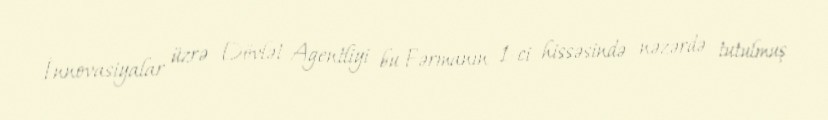
İnnovasiyalar üzrə Dövlət Agentliyi bu Fərmanın 1-ci hissəsində nəzərdə tutulmuş